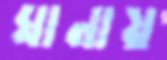
ঘানায়